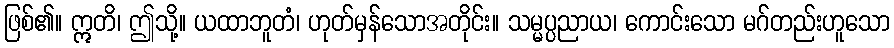
ဖြစ်၏။ ဣတိ၊ ဤသို့။ ယထာဘူတံ၊ ဟုတ်မှန်သောအတိုင်း။ သမ္မပ္ပညာယ၊ ကောင်းသော မဂ်တည်းဟူသော